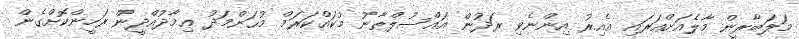
މަލަބާރީން މާލެއަށްއަރައި އެއިރު އިންނެވި ރަދުން އައްސުލްޠާނު މުކައްކަރަމް މުޙަންމަދު ޢިމާދުއްދީން ރަހީންކޮށްގެން